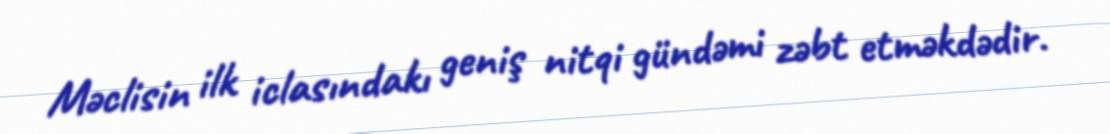
Məclisin ilk iclasındakı geniş nitqi gündəmi zəbt etməkdədir.